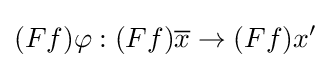
(Ff)\varphi :(Ff){\overline {x}}\to (Ff)x'